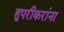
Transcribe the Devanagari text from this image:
हुपरीकरांना